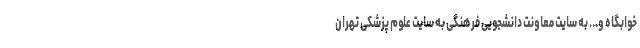
خوابگاه و... به سایت معاونت دانشجویی فرهنگی به سایت علوم پزشکی تهران